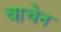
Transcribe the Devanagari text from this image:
वाचेन